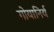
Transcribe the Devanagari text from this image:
गोयानिर्य